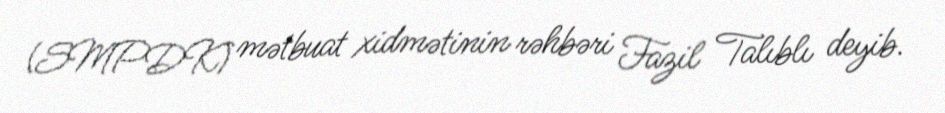
(SMPDK) mətbuat xidmətinin rəhbəri Fazil Talıblı deyib.